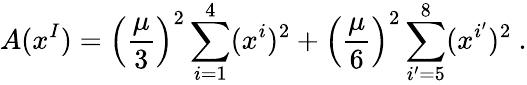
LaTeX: A(x^{I})=\left(\frac{\mu}{3}\right)^{2}\sum_{i=1}^{4}(x^{i})^{2}+\left(\frac{\mu}{6}\right)^{2}\sum_{i^{\prime}=5}^{8}(x^{i^{\prime}})^{2}~.